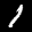
Label: 1